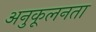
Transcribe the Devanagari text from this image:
अनुकूलनता